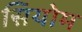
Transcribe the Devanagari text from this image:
सियोम